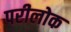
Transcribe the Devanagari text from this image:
परीलोक